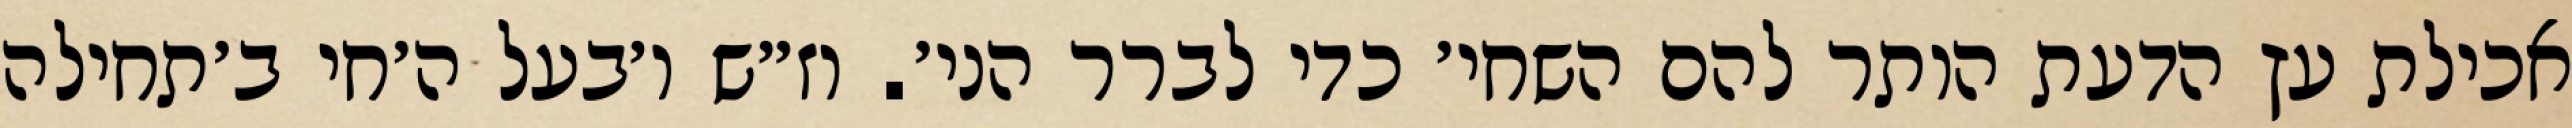
אכילת עץ הדעת הותר להם השחי׳ כדי לברר הני׳. וז״ש ו׳בעל ה׳חי ב׳תחילה